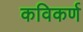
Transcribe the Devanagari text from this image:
कविकर्ण